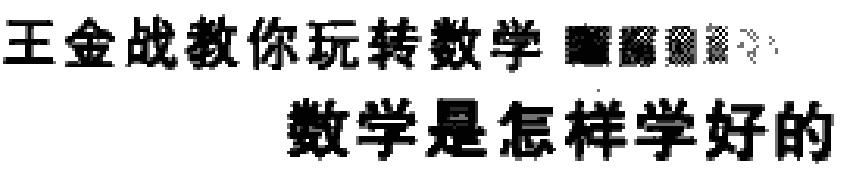
王金战教你玩转数学 数学是怎样学好的